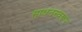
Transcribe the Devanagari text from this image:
साधनस्वरूप